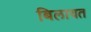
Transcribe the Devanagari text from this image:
बिलायत